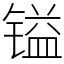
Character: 镒